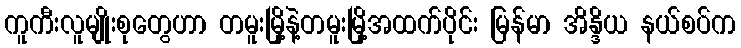
ကူကီးလူမျိုးစုတွေဟာ တမူးမြို့နဲ့တမူးမြို့အထက်ပိုင်း မြန်မာ အိန္ဒိယ နယ်စပ်က